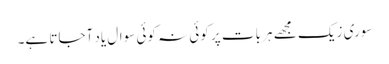
سوری زیک مجھے ہر بات پر کوئی نہ کوئی سوال یاد آجاتا ہے۔